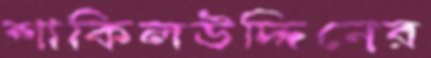
শাকিলউদ্দিনের